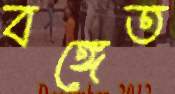
বঙ্গেত